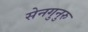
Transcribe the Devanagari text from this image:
सेनगुनुरु